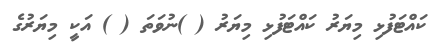
ކައްޓަފުޅި މިޔަރު ކައްޓަފުޅި މިޔަރު ( )ނުވަތަ ( ) އަކީ މިޔަރުގެ